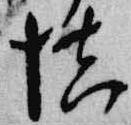
慎